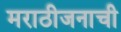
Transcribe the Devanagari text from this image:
मराठीजनाची